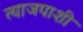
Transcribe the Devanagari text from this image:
त्याजपाशी